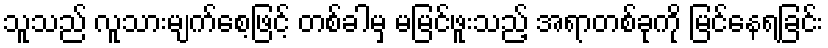
သူသည် လူသားမျက်စေ့ဖြင့် တစ်ခါမှ မမြင်ဖူးသည့် အရာတစ်ခုကို မြင်နေရခြင်း